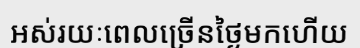
អស់រយៈពេលច្រើនថ្ងៃមកហើយ